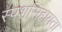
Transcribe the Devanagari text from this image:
स्पर्शासहायता